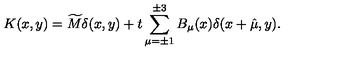
K ( x , y ) = \widetilde { M } \delta ( x , y ) + t \sum _ { \mu = \pm 1 } ^ { \pm 3 } B _ { \mu } ( x ) \delta ( x + \hat { \mu } , y ) .